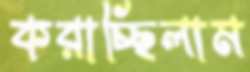
করাচ্ছিলাম